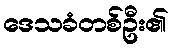
ဒေသခံတစ်ဦး၏